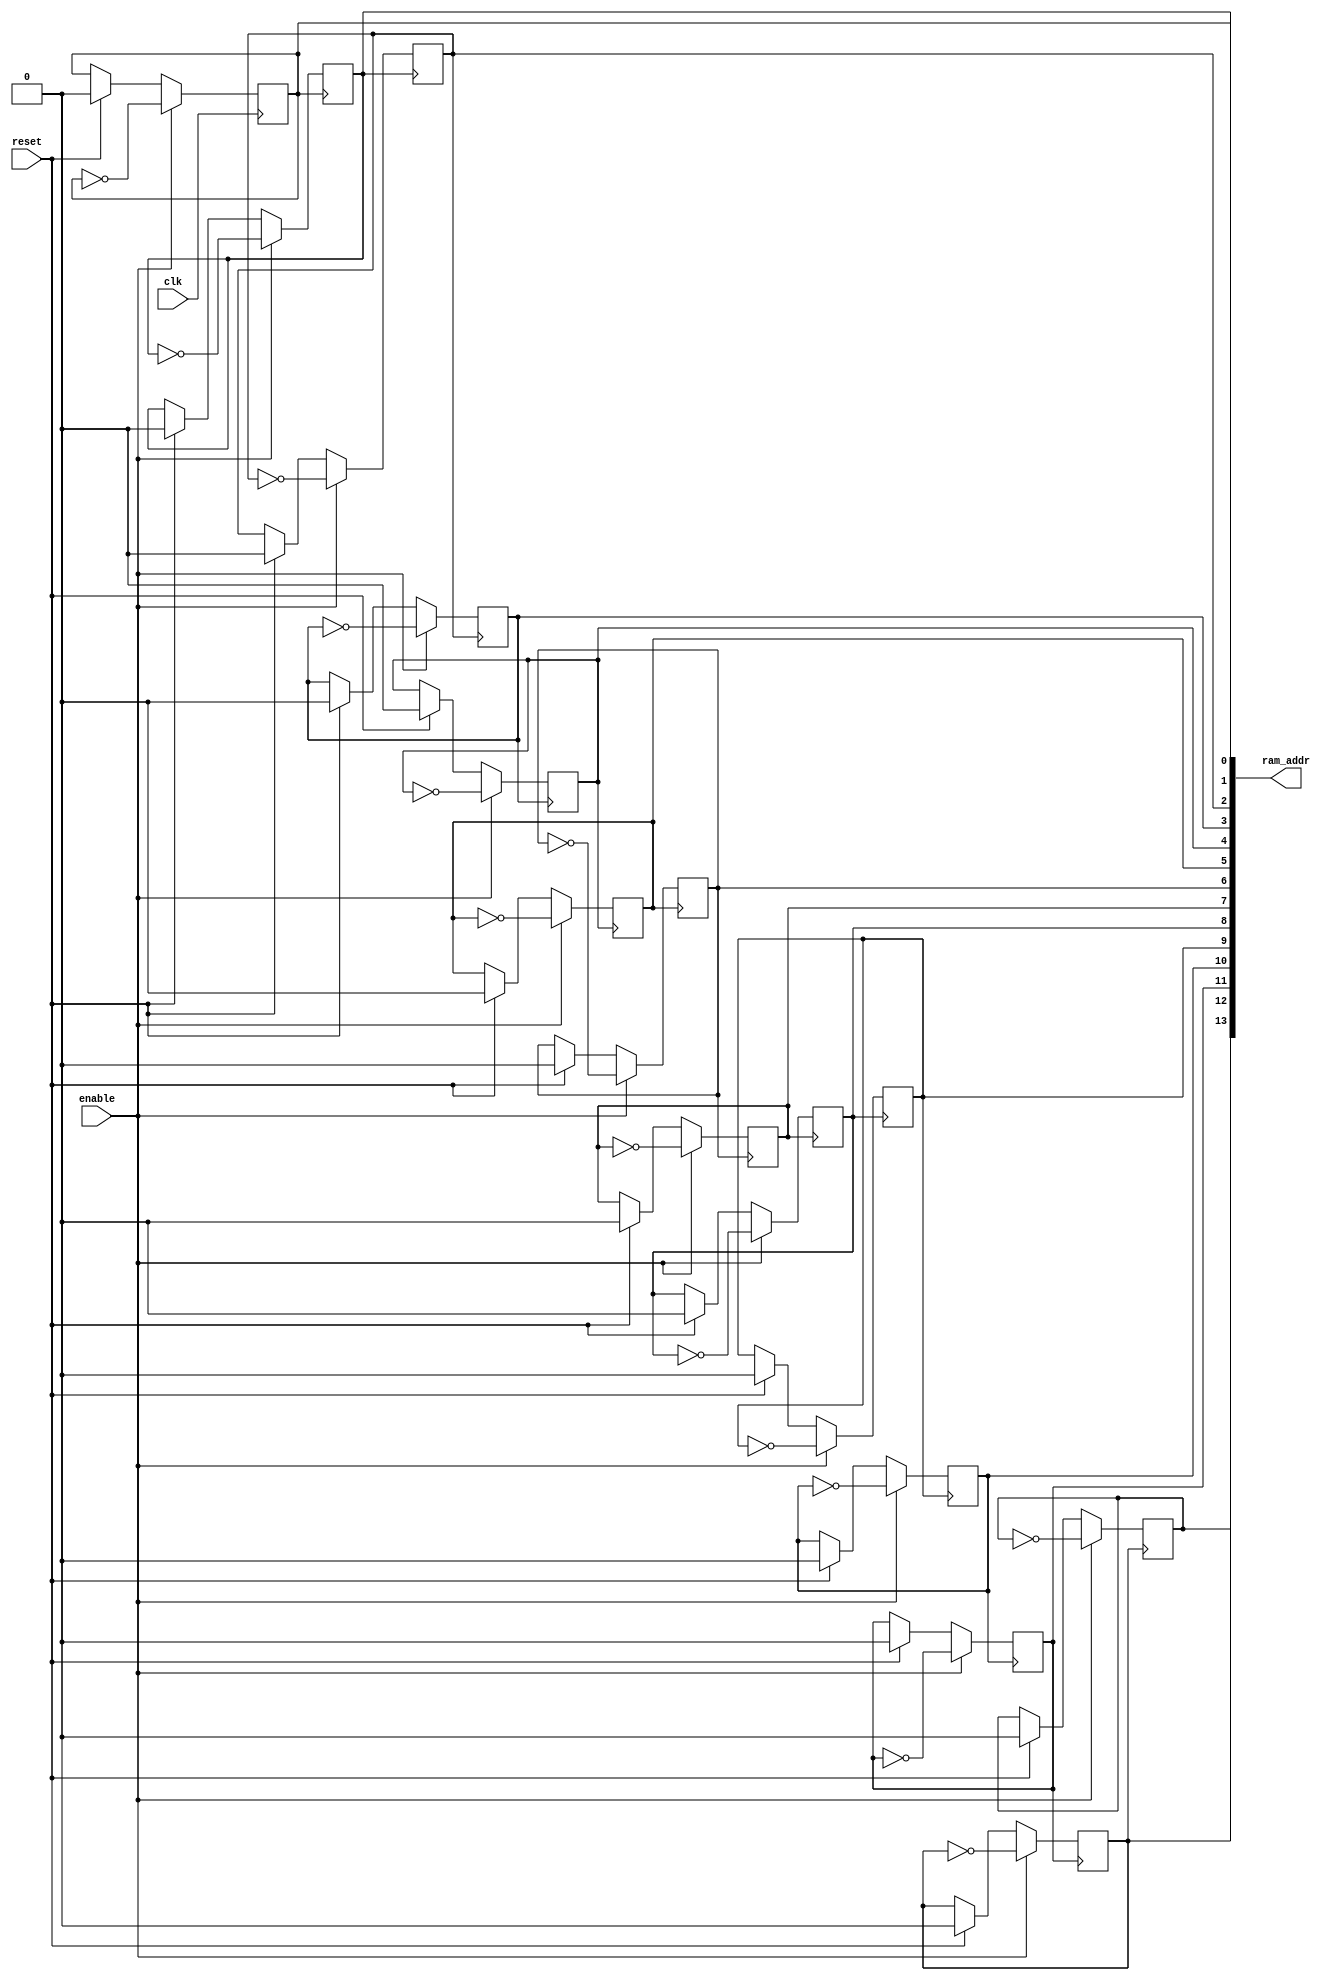
// max freq 382MHz

module ramAddressOneClkDomain
#(
	parameter address_width = 14,
	parameter max_ram_address = 16384,
	parameter burst_index = 8
)

(
	clk,
	ram_addr,
	enable,
	reset
);
	
	input wire clk, enable, reset;
	
	output reg [address_width-1:0] ram_addr;

	initial begin
		ram_addr = {address_width{1'b0}};
	end

	genvar i;
	generate	
	for (i=0; i<address_width-1; i=i+1)
	begin : SR_gen_block_1
		always @ (negedge ram_addr[i]) begin
			if (enable) ram_addr[i+1] <= ~ram_addr[i+1];
			else if (reset) ram_addr[i+1] <= 1'b0;
		end
	end
	endgenerate
	
	always @ (posedge clk) begin
		if (enable) ram_addr[0] = ~ram_addr[0];
		else if (reset) ram_addr[0] <= 1'b0;
	end
	
endmodule